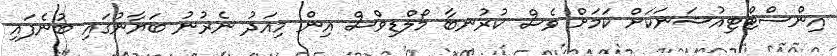
އިންސްޓްޓިއުޝަނަކަށް ކަމަށް ވެސް ކުރުނބާ މޯލްޑިވްސް އިން މިއަދު ނެރުނު ބަޔާނުގައި ބުނެފައި